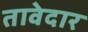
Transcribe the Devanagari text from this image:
तावेदार